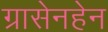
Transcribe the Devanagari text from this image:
ग्रासेनहेन